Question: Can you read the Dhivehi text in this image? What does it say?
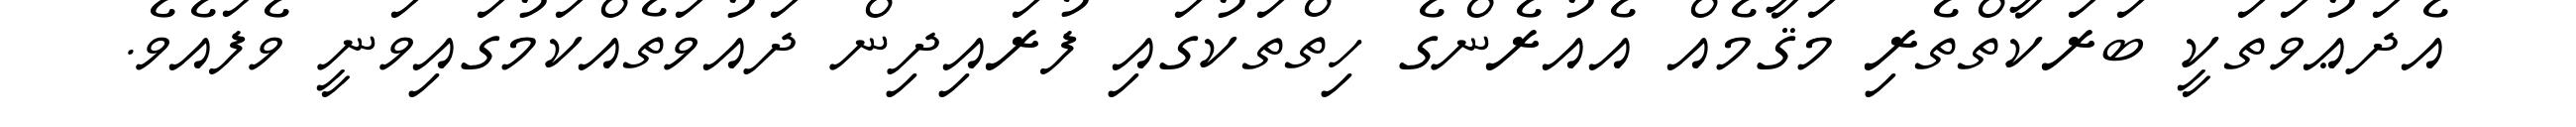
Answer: އެދަޢުވަތަކީ ބަރަކާތްތެރި މަޤާމެއް އެއުރެންގެ ހިތްތަކުގައި ފުރައިދިން ދައުވަތެއްކަމުގައިވަނީ ވެފައެވެ.